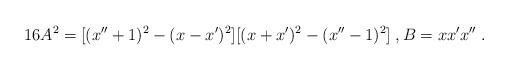
LaTeX: \begin{align*}16 A^2 = [(x'' + 1)^2 - (x - x')^2][(x + x')^2 - (x'' - 1)^2] \;,B = x x' x'' \;.\end{align*}